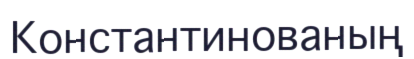
Константинованың